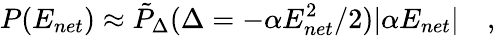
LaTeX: P(E_{net})\approx\tilde{P}_{\Delta}(\Delta=-\alpha E_{net}^{2}/2)|\alpha E_{net}|\quad,